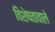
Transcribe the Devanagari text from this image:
विशेषतावाले